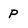
Character: P